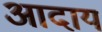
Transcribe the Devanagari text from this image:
आदाय